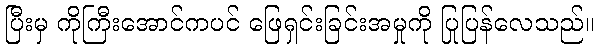
ပြီးမှ ကိုကြီးအောင်ကပင် ဖြေရှင်းခြင်းအမှုကို ပြုပြန်လေသည်။